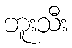
ဘူးသီး